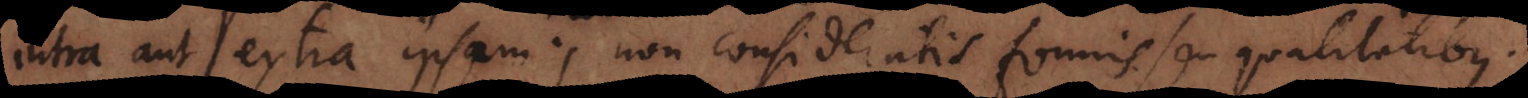
intra aut extra ipsam; non consideratis formis seu qualitatibus.